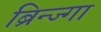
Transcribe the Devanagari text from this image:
ब्रिन्ज्गा